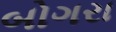
બોગરા